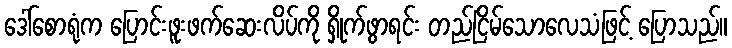
ဒေါ်စောရုံက ပြောင်းဖူးဖက်ဆေးလိပ်ကို ရှိုက်ဖွာရင်း တည်ငြိမ်သောလေသံဖြင့် ပြောသည်။